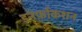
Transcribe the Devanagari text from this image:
इनर्फाकशन